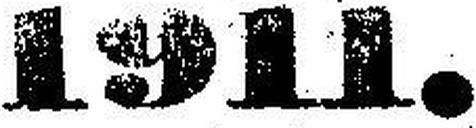
1911.